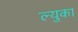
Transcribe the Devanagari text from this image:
ल्युका